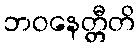
ဘဝနေတ္တီတိ